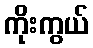
ကိုးကွယ်